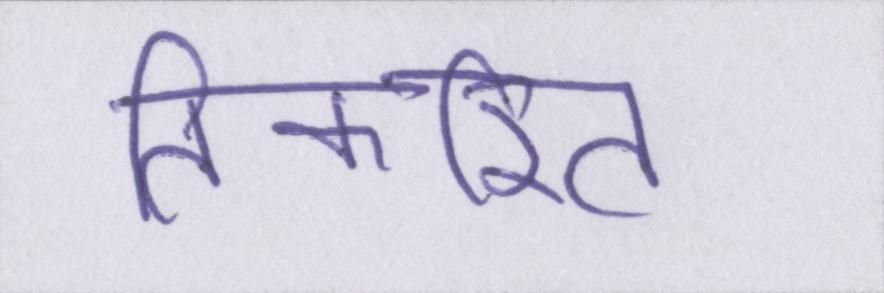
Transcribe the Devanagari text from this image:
तिकरित